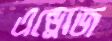
এন্ড্রোজ